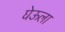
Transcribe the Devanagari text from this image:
घेऊला